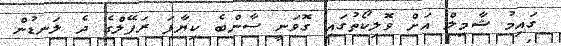
ގައިމު ޝާމިލް އަށް ވޮލިކޯތުގައި ގޮވަނީ ސާންބެ ކިޔާފަ ރަފޭލްގެ ދެ ލަނޑުން